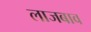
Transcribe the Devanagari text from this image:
लाजबाव